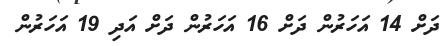
ދަށް 14 އަހަރުން ދަށް 16 އަހަރުން ދަށް އަދި 19 އަހަރުން